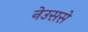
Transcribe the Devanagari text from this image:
नेउससे